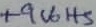
Text: +9Volts